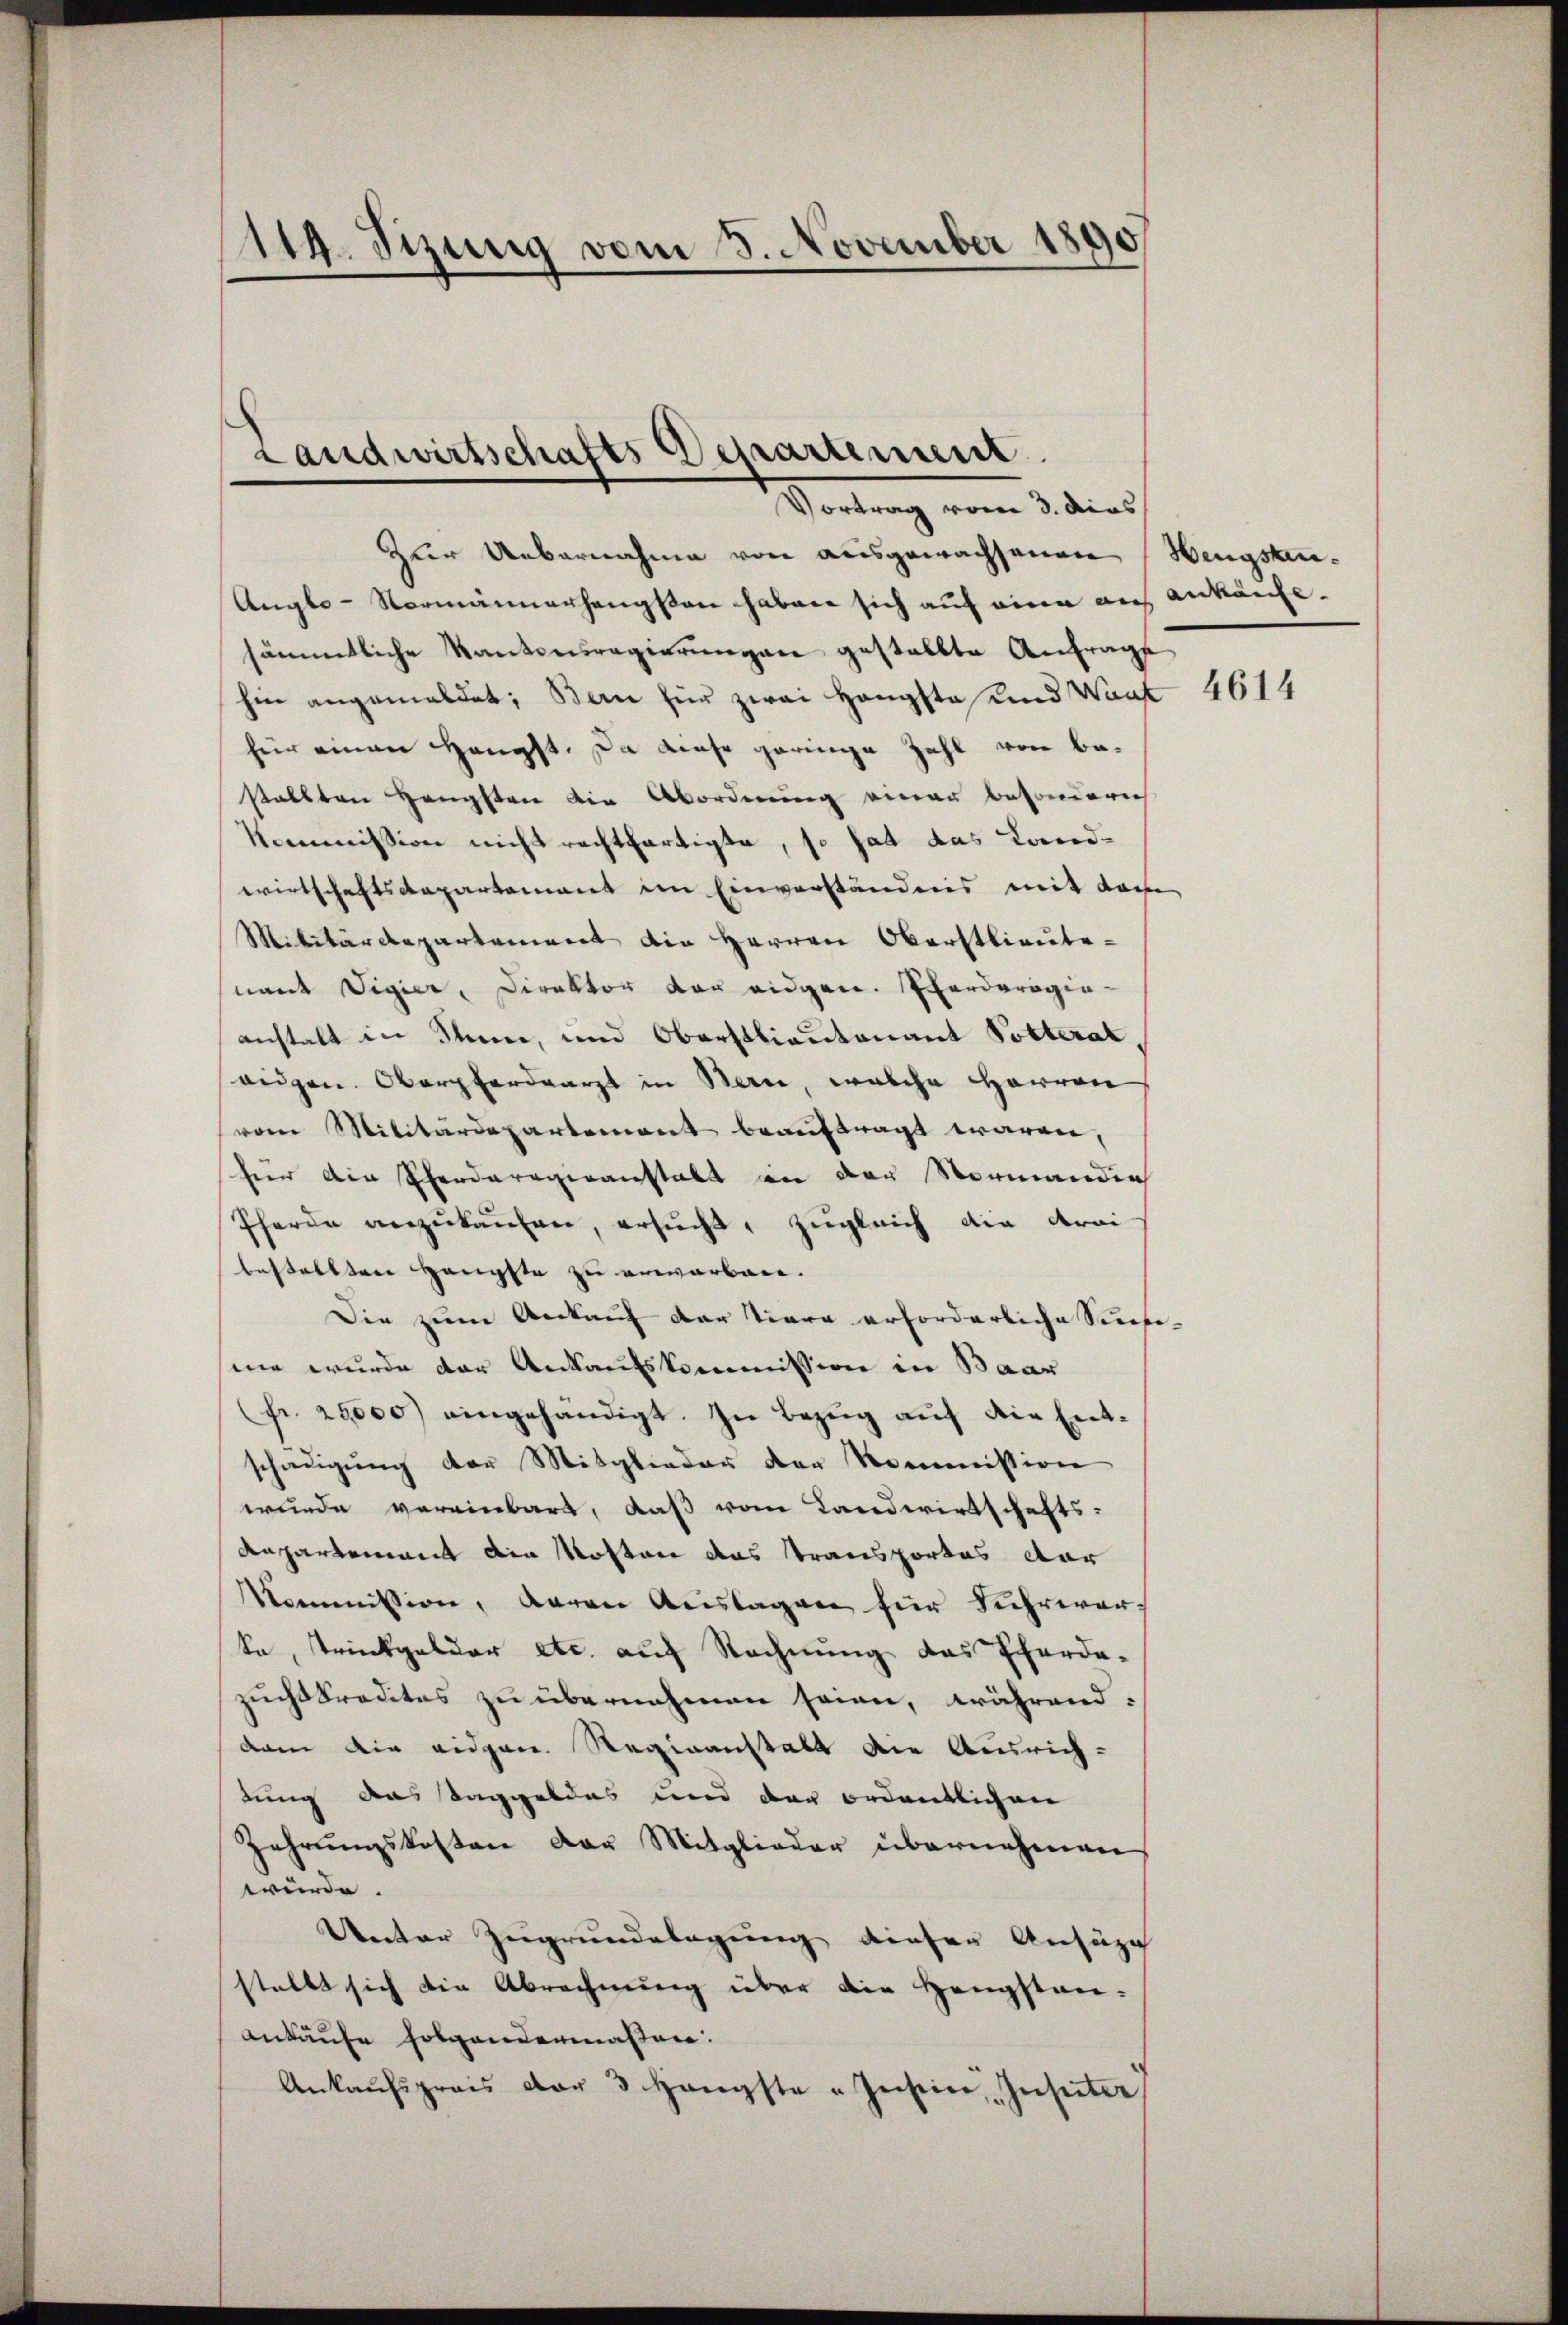
119. Sizung vom 3. November 1890.

Landwirtschafts Departement

Vortrag vom 3. dies
Zur Uebernahme von ausgewachsenen Hengstau¬
Auglo-Vormännerhangsten haben sich auf eine auf
sämmtliche Kantonsregierungen gestellte Anfrage
hin angemeldet; Bern für zwei Hangste und Want
für einen Haupft. Da diese geringe Zahl von bestallten Hengsten die Abordnung einer besonderich
Kommission nicht rechtfertigte, so hat das Landwirtschaftsdepartement im Einverständnis mit das
Militärdepartement die Herren Oberstlieutenamt Vigier, Direktor der eidgen. Eferderogin-
anstalt in Senne, und Oberstlieutnant Potterat
ridgen. Oberpferdearzt in Bern, welche Herren
vom Militärdepartement beauftragt waren,
für die Pferderogiranstalt in der Normandin
Pferde anzukaufen, ersucht, zugleich die droi
bestellten Häupfte zu erwarben.
Die zum Ankauf der Tiera erforderliche Seefi-
me wurde der Ankaufskommission in Baar
Fr. 25,000) eingehändigt. In Bezug auf die Entschädigung der Mitglieder der Kommission
wurde vereinbart, daß vom Landwirtschafts-
Anpartement die Kosten das Transportes dor
Kommission, daran Auslagen für Fuhrwerke, trinkgelder etc. auf Rechnung das Pferde-
zuchtkredites zu übernehmen seien, während.
dam die eidgen. Reginanstalt die Ausrich-
tung das Taggeldes und der ordentlichen
Zehrungskosten der Mitglieder übernehmen
würde.
Unter Zugrundelagung dieser Anfüge
stellt sich die Abrechnung über die Hengstan-
Ankäufe folgendermassen.
Ankaŭfspreis der 3 Hengste Instin, Inseiter

Ankaufe. |

4614